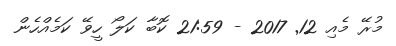
މުރޭ މެއި 12